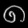
Digit: ၈